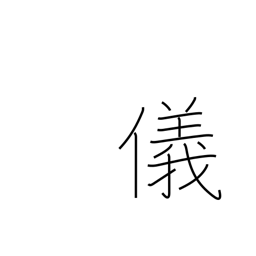
Meaning: affair